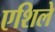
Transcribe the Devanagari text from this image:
एशिले